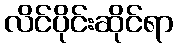
လိင်ပိုင်းဆိုင်ရာ